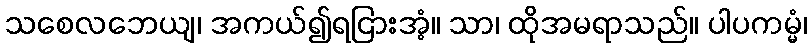
သစေလဘေယျ၊ အကယ်၍ရငြားအံ့။ သာ၊ ထိုအမရာသည်။ ပါပကမ္မံ၊